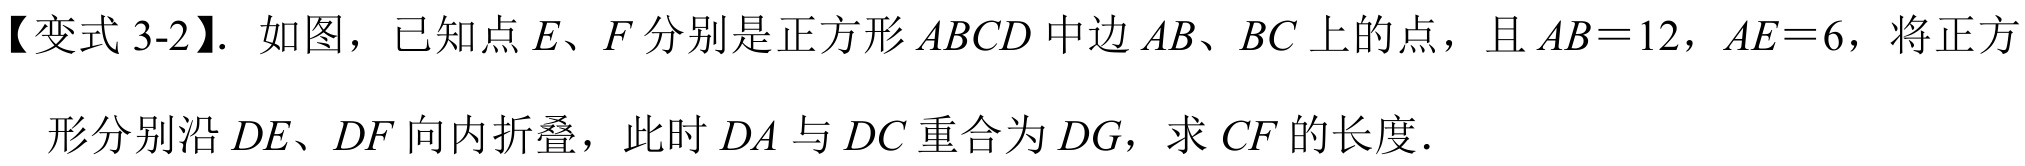
【变式3-2】. 如图，已知点\(E、F\)分别是正方形\(ABCD\)中边\(AB、BC\)上的点，且\(AB = 12\)，\(AE = 6\)，将正方形分别沿\(DE、DF\)向内折叠，此时\(DA\)与\(DC\)重合为\(DG\)，求\(CF\)的长度．